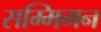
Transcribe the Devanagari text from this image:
सम्मिमन